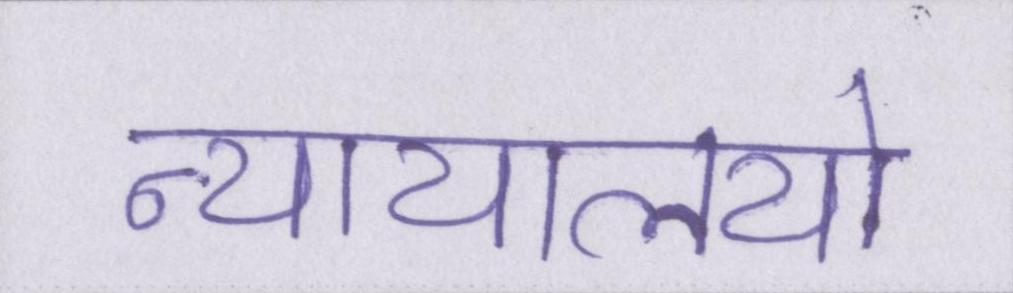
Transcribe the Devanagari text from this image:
न्यायालयो